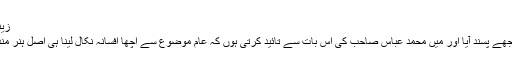
زینت جبیں
افسانہ مجھے پسند آیا اور میں محمد عباس صاحب کی اس بات سے تائید کرتی ہوں کہ عام موضوع سے اچھا افسانہ نکال لینا ہی اصل ہنر مندی یے ۔